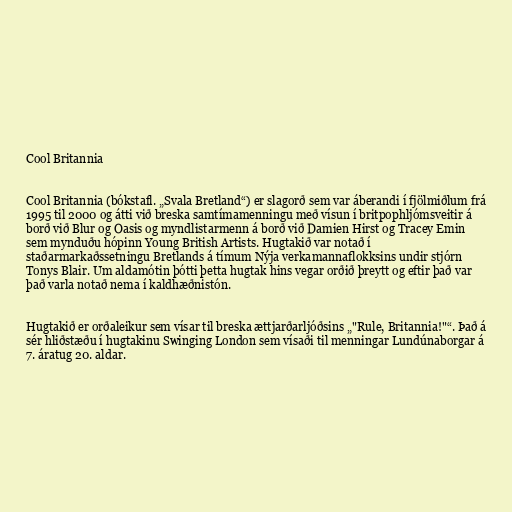
Cool Britannia

Cool Britannia (bókstafl. „Svala Bretland“) er slagorð sem var áberandi í fjölmiðlum frá
1995 til 2000 og átti við breska samtímamenningu með vísun í britpophljómsveitir á
borð við Blur og Oasis og myndlistarmenn á borð við Damien Hirst og Tracey Emin
sem mynduðu hópinn Young British Artists. Hugtakið var notað í
staðarmarkaðssetningu Bretlands á tímum Nýja verkamannaflokksins undir stjórn
Tonys Blair. Um aldamótin þótti þetta hugtak hins vegar orðið þreytt og eftir það var
það varla notað nema í kaldhæðnistón.

Hugtakið er orðaleikur sem vísar til breska ættjarðarljóðsins „"Rule, Britannia!"“. Það á
sér hliðstæðu í hugtakinu Swinging London sem vísaði til menningar Lundúnaborgar á
7. áratug 20. aldar.